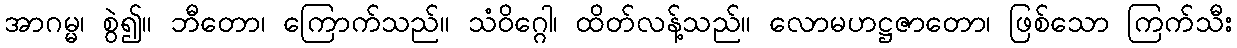
အာဂမ္မ၊ စွဲ၍။ ဘီတော၊ ကြောက်သည်။ သံဝိဂ္ဂေါ၊ ထိတ်လန့်သည်။ လောမဟဋ္ဌဇာတော၊ ဖြစ်သော ကြက်သီး